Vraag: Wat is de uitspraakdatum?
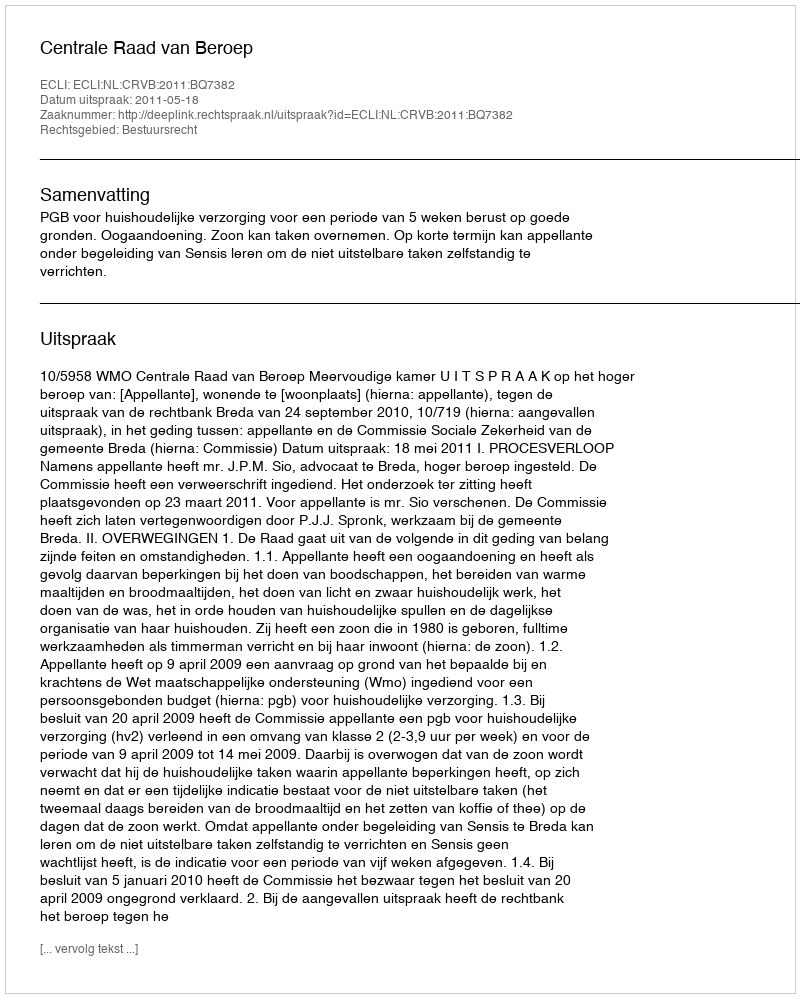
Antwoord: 2011-05-18